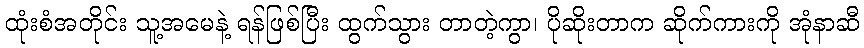
ထုံးစံအတိုင်း သူ့အမေနဲ့ ရန်ဖြစ်ပြီး ထွက်သွား တာတဲ့ကွာ၊ ပိုဆိုးတာက ဆိုက်ကားကို အုံနာဆီ